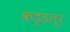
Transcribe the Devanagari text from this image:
कड्डलूर